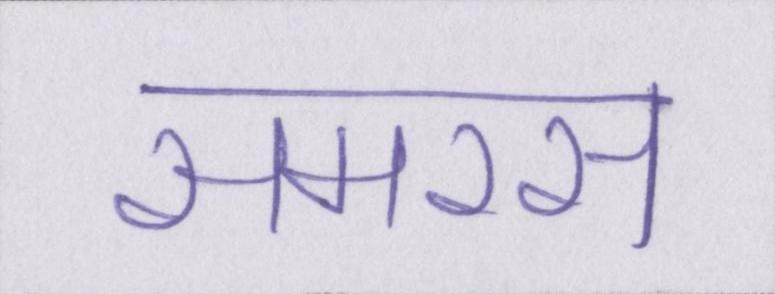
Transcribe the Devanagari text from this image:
समरस